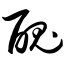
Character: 丑